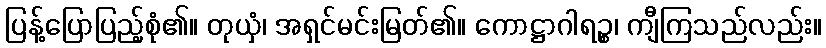
ပြန့်ပြောပြည့်စုံ၏။ တုယှံ၊ အရှင်မင်းမြတ်၏။ ကောဋ္ဌာဂါရဉ္စ၊ ကျီကြသည်လည်း။